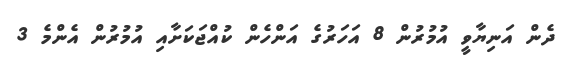
ދެން އަނިޔާވީ އުމުރުން 8 އަހަރުގެ އަންހެން ކުއްޖަކަށާއި އުމުރުން އެންމެ 3